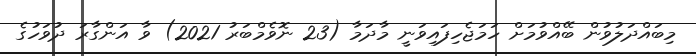
މިބައްދަލުވުން ބޭއްވުމަށް ހަމަޖެހިފައިވަނީ މާދަމާ (23 ނޮވެމްބަރު 2021) ވާ އަންގާރަ ދުވަހުގެ